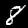
Digit: 8